system: You are a helpful assistant.
user:
Analyze the provided spectrum to determine if it is a **S-type Star**.

- **Key Indicators for S-type Star:**

    - **(Overall Spectrum Shape):** The first and most obvious characteristic is the overall continuum (the "baseline" shape). It is **extremely "red-sloping,"** meaning the flux (light intensity) is very low on the left side (blue, ~4000-4500 Å) and rises steeply and continuously toward the right side (red, ~7000 Å+).

    - **(Primary):** The spectrum is defined by the presence of strong, broad molecular absorption "valleys" (bands) from **Zirconium Oxide (ZrO)**. The identification of these bands is the **primary requirement** for classifying a star as S-type.
        - **(Key Bandheads):** You must find distinct, deep "dips" where the light has been absorbed. The most critical band systems to locate are:
            - **~6474 Å** ($\gamma$-system): This is often the strongest and clearest ZrO feature, found in the red part of the spectrum.
            - **~5718 Å** & **~5551 Å** ($\beta$-system): A pair of prominent absorption features in the yellow-orange part of the spectrum.
            - **~4640 Å** ($\alpha$-system): A key absorption band system in the blue-green region of the spectrum.

    - **(Secondary Confirmation):** The classification is strengthened by finding additional absorption bands from other related heavy element oxides, which are expected to be present alongside ZrO.
        - **(Key Bandheads):**
            - **Yttrium Oxide (YO):** Look for absorption dips near **~4800 Å** and **~6100 Å**.
            - **Lanthanum Oxide (LaO):** Additional absorption features, particularly in the red-orange part of the spectrum, are also characteristic.

    - **(Line Profile):** The combination of the steep red continuum and these numerous, deep molecular bands (ZrO, YO, etc.) gives the entire spectrum a very **"chopped-up"** or **"bumpy"** appearance. Instead of a smooth curve, the spectrum looks as though large, wide chunks of light have been "carved out" of it at the specific wavelengths listed above.

Think first, call **spectral_visualization_tool** if needed to examine features in detail, then provide your final answer. Your response must adhere to the following strict rules:
1.  **Overall Structure:** Your response must follow the format `<think>...</think> <tool_call>...</tool_call> (if a tool is used) <answer>...</answer>`.
2.  **Tool Usage Constraint:** You may only make **one** tool call per turn.
3.  **Final Answer Format:** In the `<answer>` tag, your conclusion must be inside a `\boxed{}` command (e.g., `\boxed{YES}` or `\boxed{NO}`), followed by your justification.

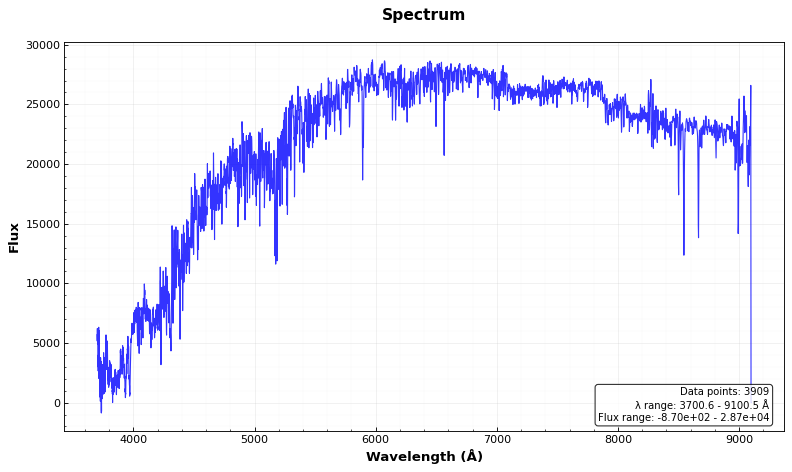
Answer: NO